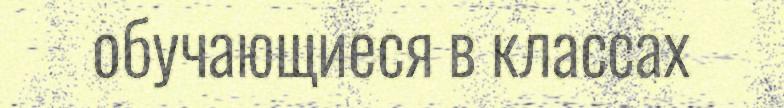
обучающиеся в классах